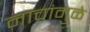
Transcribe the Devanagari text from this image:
नाचांमुळे